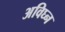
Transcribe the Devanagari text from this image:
अविघ्न